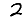
Digit: 2